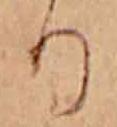
り